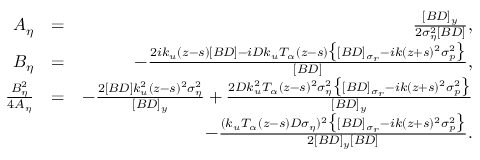
\begin{array} { r l r } { A _ { \eta } } & { = } & { \frac { [ B D ] _ { y } } { 2 \sigma _ { \eta } ^ { 2 } [ B D ] } , } \\ { B _ { \eta } } & { = } & { - \frac { 2 i k _ { u } ( z - s ) [ B D ] - i D k _ { u } T _ { \alpha } ( z - s ) \big \{ [ B D ] _ { \sigma _ { r } } - i k ( z + s ) ^ { 2 } \sigma _ { p } ^ { 2 } \big \} } { [ B D ] } , } \\ { \frac { B _ { \eta } ^ { 2 } } { 4 A _ { \eta } } } & { = } & { - \frac { 2 [ B D ] k _ { u } ^ { 2 } ( z - s ) ^ { 2 } \sigma _ { \eta } ^ { 2 } } { [ B D ] _ { y } } + \frac { 2 D k _ { u } ^ { 2 } T _ { \alpha } ( z - s ) ^ { 2 } \sigma _ { \eta } ^ { 2 } \big \{ [ B D ] _ { \sigma _ { r } } - i k ( z + s ) ^ { 2 } \sigma _ { p } ^ { 2 } \big \} } { [ B D ] _ { y } } } \\ & { } & { \quad - \frac { ( k _ { u } T _ { \alpha } ( z - s ) D \sigma _ { \eta } ) ^ { 2 } \big \{ [ B D ] _ { \sigma _ { r } } - i k ( z + s ) ^ { 2 } \sigma _ { p } ^ { 2 } \big \} } { 2 [ B D ] _ { y } [ B D ] } . } \end{array}